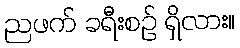
ညဖက် ခရီးစဉ် ရှိလား။